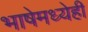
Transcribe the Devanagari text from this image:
भाषेमध्येही